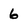
Character: 6